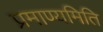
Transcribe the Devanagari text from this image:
प्रमाण्यमिति